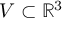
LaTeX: V \subset \mathbb { R } ^ { 3 }